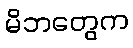
မိဘတွေက